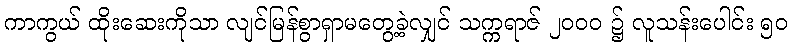
ကာကွယ် ထိုးဆေးကိုသာ လျင်မြန်စွာရှာမတွေ့ခဲ့လျှင် သက္ကရာဇ် ၂၀၀၀ ၌ လူသန်းပေါင်း ၅၀